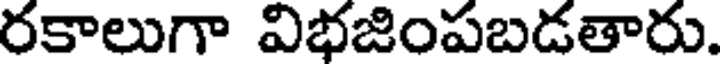
రకాలుగా విభజింపబడతారు.